Scottish Leaving Certificate Examination, 1957
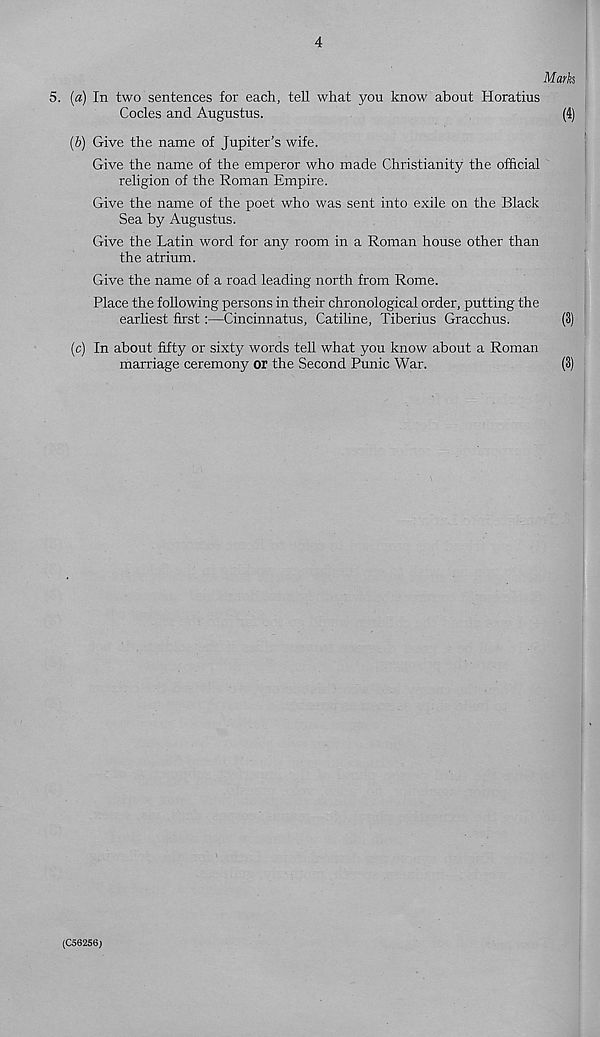
4
Marks
5. (a) In two sentences for each, tell what you know about Horatius
Codes and Augustus.
(4)
(b) Give the name of Jupiter’s wife.
Give the name of the emperor who made Christianity the official
religion of the Roman Empire.
Give the name of the poet who was sent into exile on the Black
Sea by Augustus.
Give the Latin word for any room in a Roman house other than
the atrium.
Give the name of a road leading north from Rome.
Place the following persons in their chronological order, putting the
earliest first:—Cincinnatus, Catiline, Tiberius Gracchus.
(3)
(c) In about fifty or sixty words tell what you know about a Roman
marriage ceremony or the Second Punic War.
(3)
(C56256)